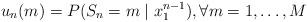
LaTeX: \begin{gather*}u_n(m) = P(S_n=m \mid x_1^{n-1}),\forall m=1, \ldots, M\end{gather*}